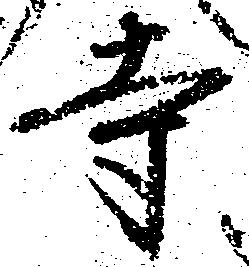
寺